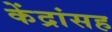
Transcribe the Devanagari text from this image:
केंद्रांसह